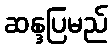
ဆန္ဒပြမည်